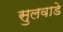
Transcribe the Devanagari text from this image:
सुलवाडे